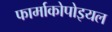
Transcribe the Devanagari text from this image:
फार्माकोपोइयल